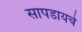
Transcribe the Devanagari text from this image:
सापडायचे